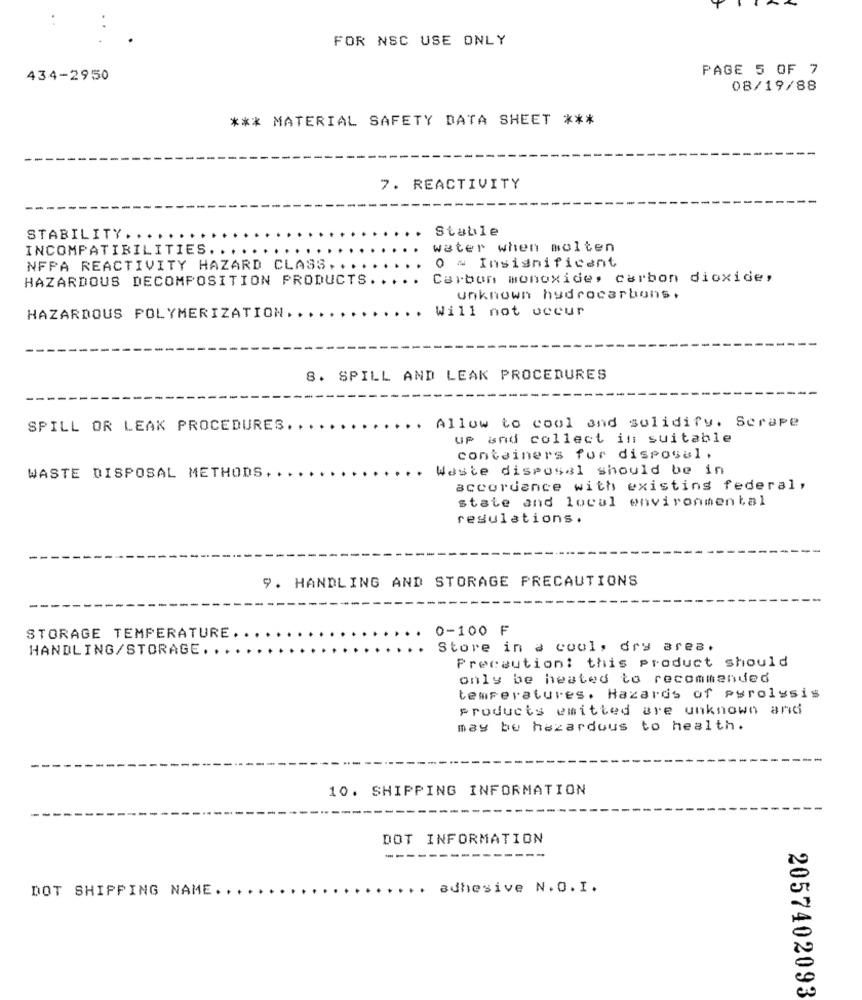
FOR NSC USE ONLY
PAGE 5 OF 7
434-2950
08/19/88
*** MATERIAL SAFETY DATA SHEET ***
7. REACTIVITY
Stable
STABILITY ..
INCOMPATIBILITIES ....
water when molten
NFPA REACTIVITY HAZARD CLASS ....
0 ~ Insignificant
HAZARDOUS DECOMPOSITION PRODUCTS.
Carbon monoxide, carbon dioxide,
unknown hydrocarbons.
Will not occur
HAZARDOUS POLYMERIZATION.
8. SPILL AND LEAK PROCEDURES
Allow to cool and solidify. Scrape
SPILL OR LEAK PROCEDURES.
up and collect in suitable
containers for disposal,
Waste disposal should be in
WASTE DISPOSAL METHODS
accordance with existing federal,
state and local environmental
regulations.
9. HANDLING AND STORAGE PRECAUTIONS
0-100 F
STORAGE TEMPERATURE.
HANDLING/STORAGE ..
Store in a cool, dry ares.
Precaution: this product should
only be heated to recommended
temperatures. Hazards of pyrolysis
products emitted are unknown and
may be hazardous to health.
10. SHIPPING INFORMATION
DOT INFORMATION
DOT SHIPPING NAME. ..
adhesive N.O.I.
2057402093